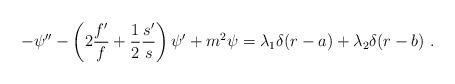
LaTeX: \begin{align*}- \psi'' - \left(2 \frac{f'}{f} + \frac{1}{2} \frac{s'}{s}\right) \psi' + m^2 \psi= \lambda_1 \delta(r-a) + \lambda_2 \delta(r-b)\ .\end{align*}